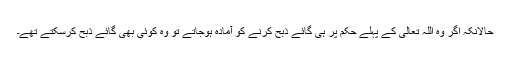
حالانکہ اگر وہ اللہ تعالیٰ کے پہلے حکم پر ہی گائے ذبح کرنے کو آمادہ ہوجاتے تو وہ کوئی بھی گائے ذبح کرسکتے تھے۔